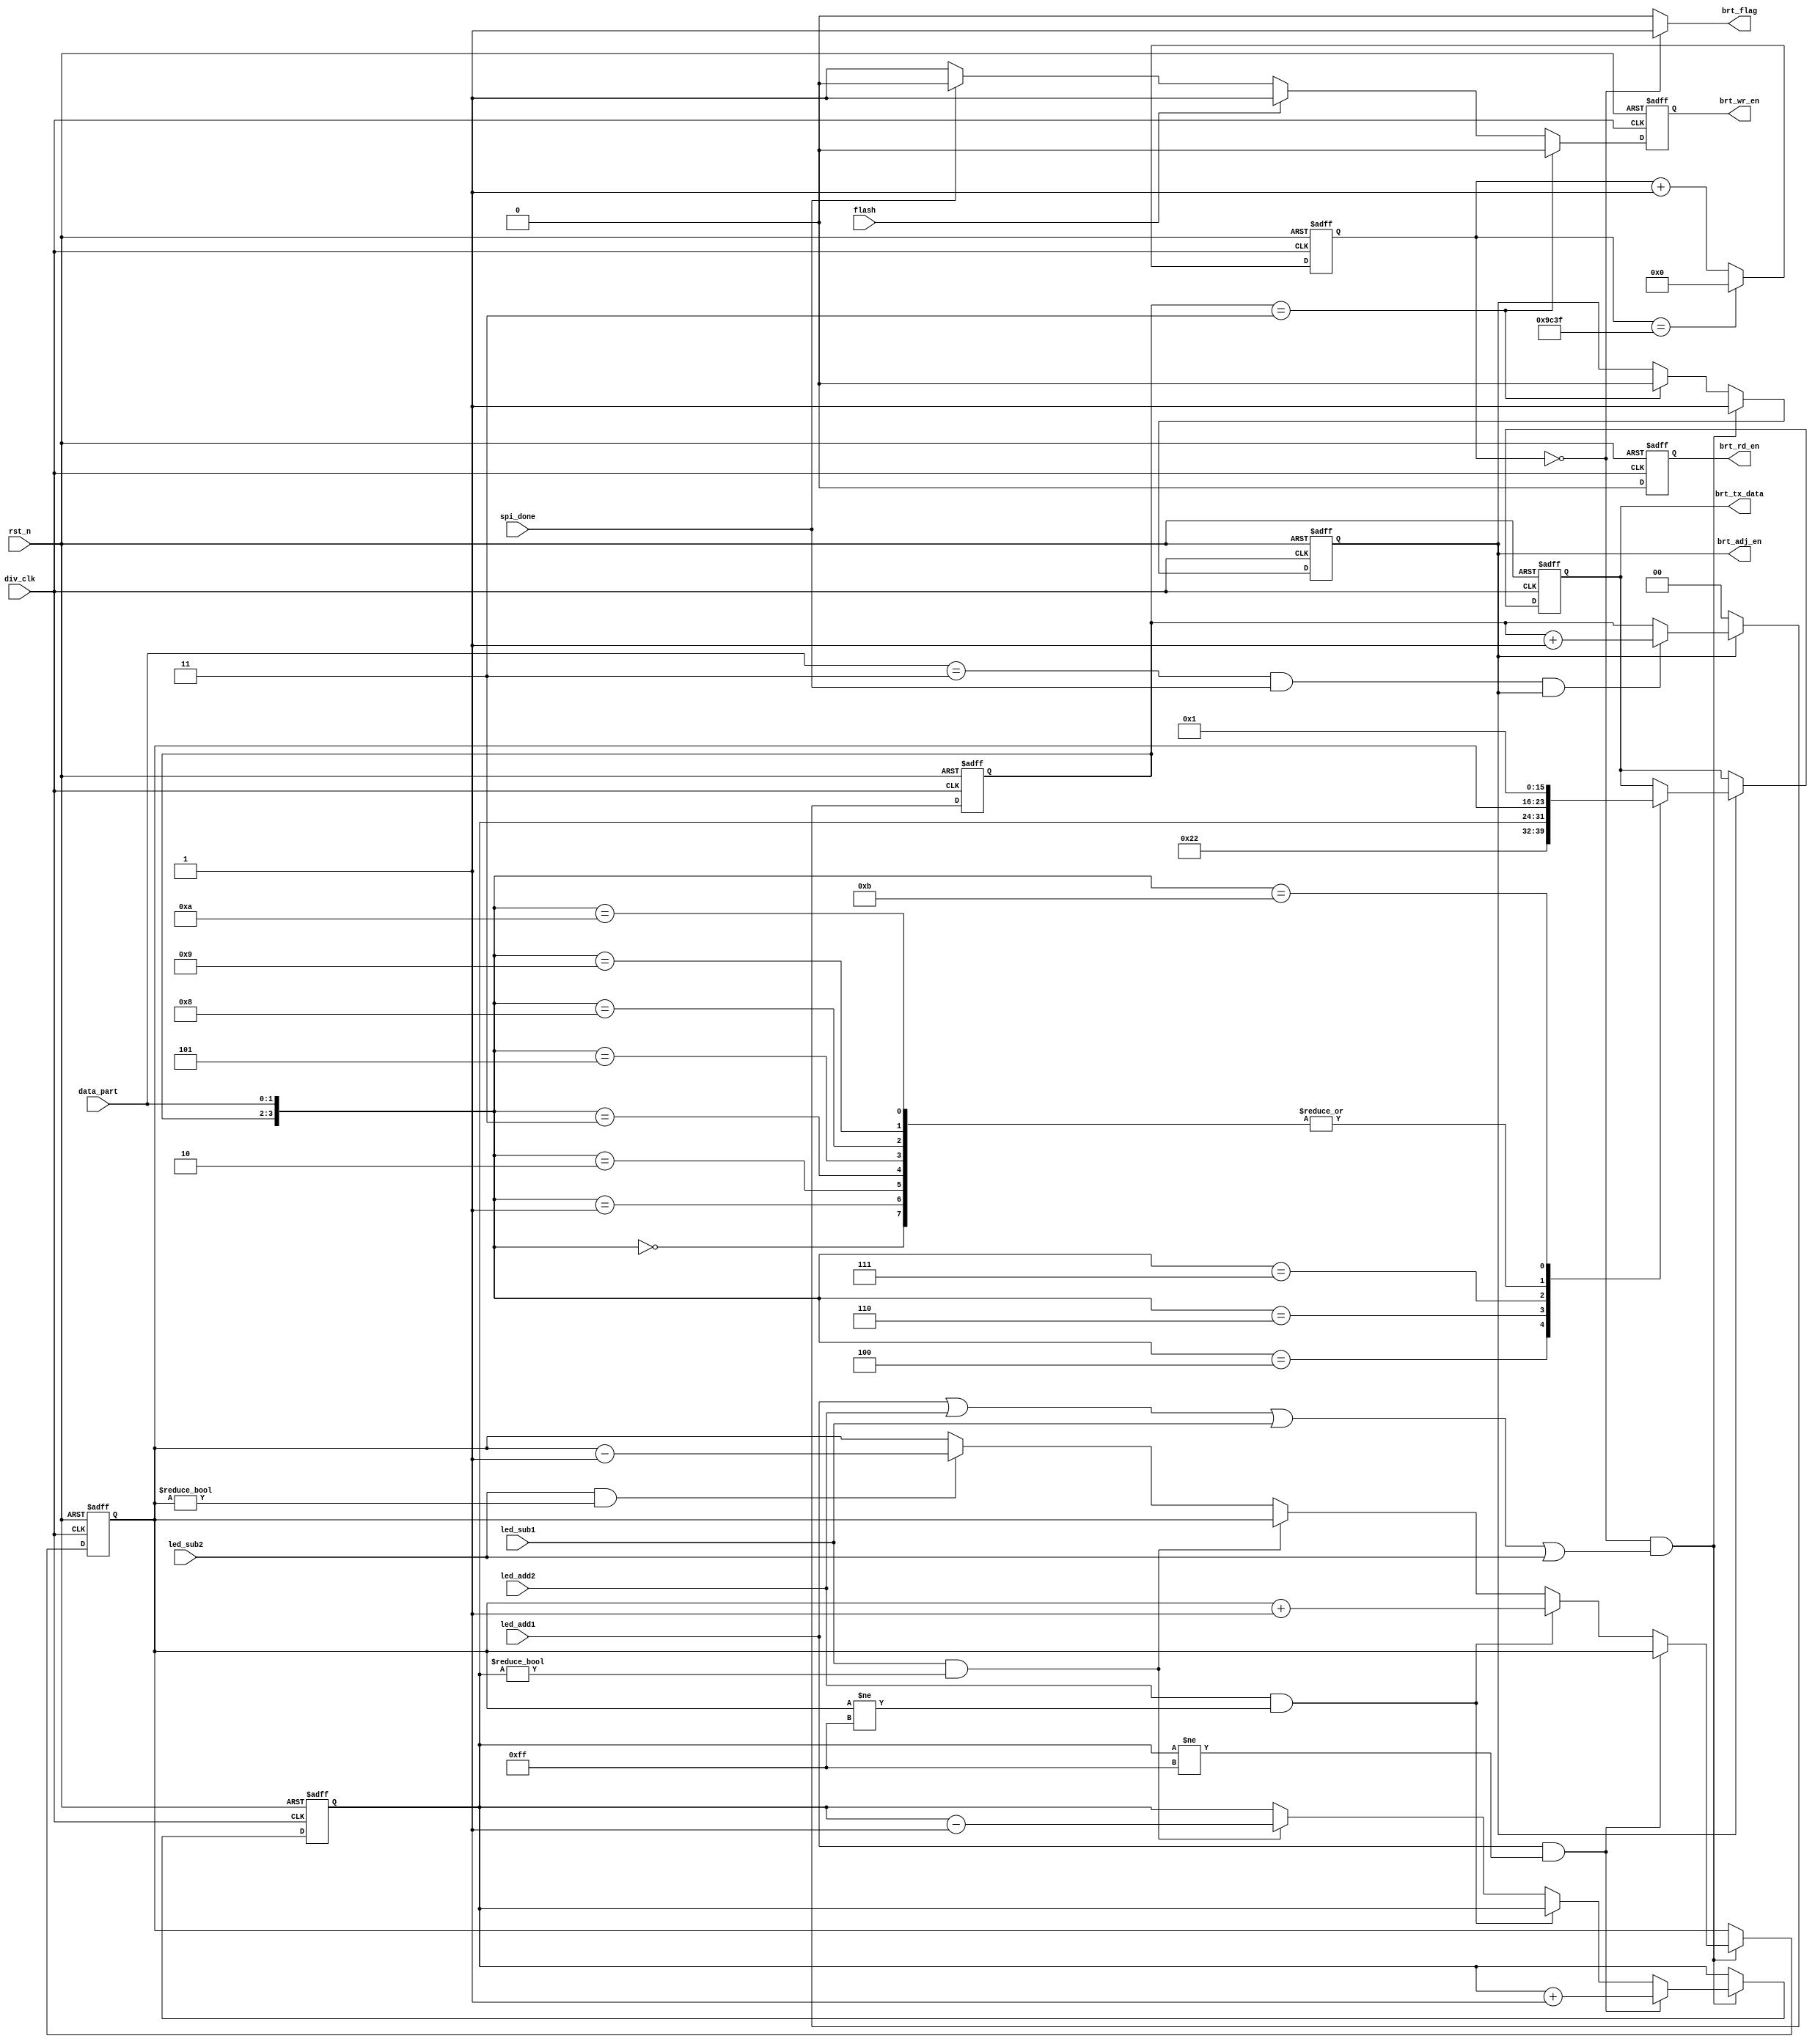
module brt_adj(
	div_clk,
	rst_n,
	flash,
	brt_tx_data,
	brt_rd_en,
	brt_wr_en,
	brt_adj_en,
	spi_done,
	led_add1,
	led_add2,
	led_sub1,
	led_sub2,
	data_part,
	brt_flag//reset data_part
	);
	input div_clk;
	input	rst_n;
	input spi_done;
	input led_add1;
	input led_add2;
	input led_sub1;
	input led_sub2;
	input flash;
	input [1:0]data_part;
	output reg brt_rd_en;
	output reg brt_wr_en;
	output reg [7:0]brt_tx_data;
	output reg brt_adj_en;
	output wire brt_flag;
	
	reg [7:0]led_value1;
	reg [7:0]led_value2;
	reg [15:0] adj_count;
	reg [1:0] part_count;
	
	parameter	adder_data = 2'b00;
	parameter	h_data = 2'b01;
	parameter	m_data = 2'b10;
	parameter	l_data = 2'b11;
	
//
always @ (posedge div_clk or negedge rst_n)
	begin
	if(!rst_n)
		adj_count <= 15'b0; 
	else if (adj_count == 16'd39999)
		adj_count <= 15'b0;
	else 
		adj_count <= adj_count + 1'b1;
	end
	
//
always @ (posedge div_clk or negedge rst_n)
	begin
	if(!rst_n)
	begin
		brt_adj_en <= 1'b0;
		led_value1 <= 8'h14;
		led_value2 <= 8'h14;
	end
	else if (adj_count == 15'b0 &&(led_add1 || led_add2 || led_sub1 ||led_sub2))
		begin
		brt_adj_en <= 1'b1;
		if(led_add1 && led_value1 !=  8'b1111_1111)
			led_value1 <= led_value1 + 1'b1;
		else if(led_add2 && led_value2 !=  8'b1111_1111)
			led_value2 <= led_value2 + 1'b1;
		else if(led_sub1 && led_value1 !=  8'b0)
			led_value1 <= led_value1 - 1'b1;
		else if(led_sub2 && led_value2 !=  8'b0)
			led_value2 <= led_value2 - 1'b1;
		end	
	else if (part_count == 2'b11)
		brt_adj_en <= 1'b0;
	end
assign brt_flag = (adj_count == 15'b0) ? 1'b1:1'b0;
always @(posedge div_clk or negedge rst_n)
	begin
	if(!rst_n)
		part_count <= 2'b0;
	else if (!brt_adj_en)
		part_count <= 2'b0;
	else if (data_part == l_data && spi_done == 1'b1 && brt_adj_en == 1'b1)
		part_count <= part_count + 1'b1;
	end
	
always @ (posedge div_clk or negedge rst_n)
	begin
	if (!rst_n)
	brt_tx_data <= 8'b0;
	else if (brt_adj_en)
		begin
		case({part_count,data_part})
			4'b00_00:brt_tx_data <= 8'b0;//control1 adder 
			4'b00_01:brt_tx_data <= 8'b0;//
			4'b00_10:brt_tx_data <= 8'b0;
			4'b00_11:brt_tx_data <= 8'b0;//SPI_READ  --   0
			4'b01_00:brt_tx_data <= 8'h22;// LED_Control_Register
			4'b01_01:brt_tx_data <= 8'b0;
			4'b01_10:brt_tx_data <= led_value1;//LED1 
			4'b01_11:brt_tx_data <= led_value2;//LED2
			4'b10_00:brt_tx_data <= 8'b0;//control1 adder 
			4'b10_01:brt_tx_data <= 8'b0;//
			4'b10_10:brt_tx_data <= 8'b0;
			4'b10_11:brt_tx_data <= 8'b000_0001;//SPI_READ  --   1
			default:brt_tx_data <= brt_tx_data;
		endcase
		end
	end			

always @ (posedge div_clk or negedge rst_n)
	begin
	if (!rst_n)
		begin
		brt_wr_en <= 1'b0;
		brt_rd_en <= 1'b0;
		end
	else begin
		brt_rd_en <= 1'b0;
		if (part_count == 2'b11)
			brt_wr_en <= 1'b0;
		else if (flash)
			brt_wr_en <= 1'b1;
		else if(spi_done)
			brt_wr_en <= 1'b0;
		else 
			brt_wr_en <= 1'b1;	
		end
	end
endmodule